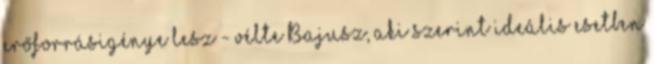
erőforrásigénye lesz - vélte Bajusz, aki szerint ideális esetben